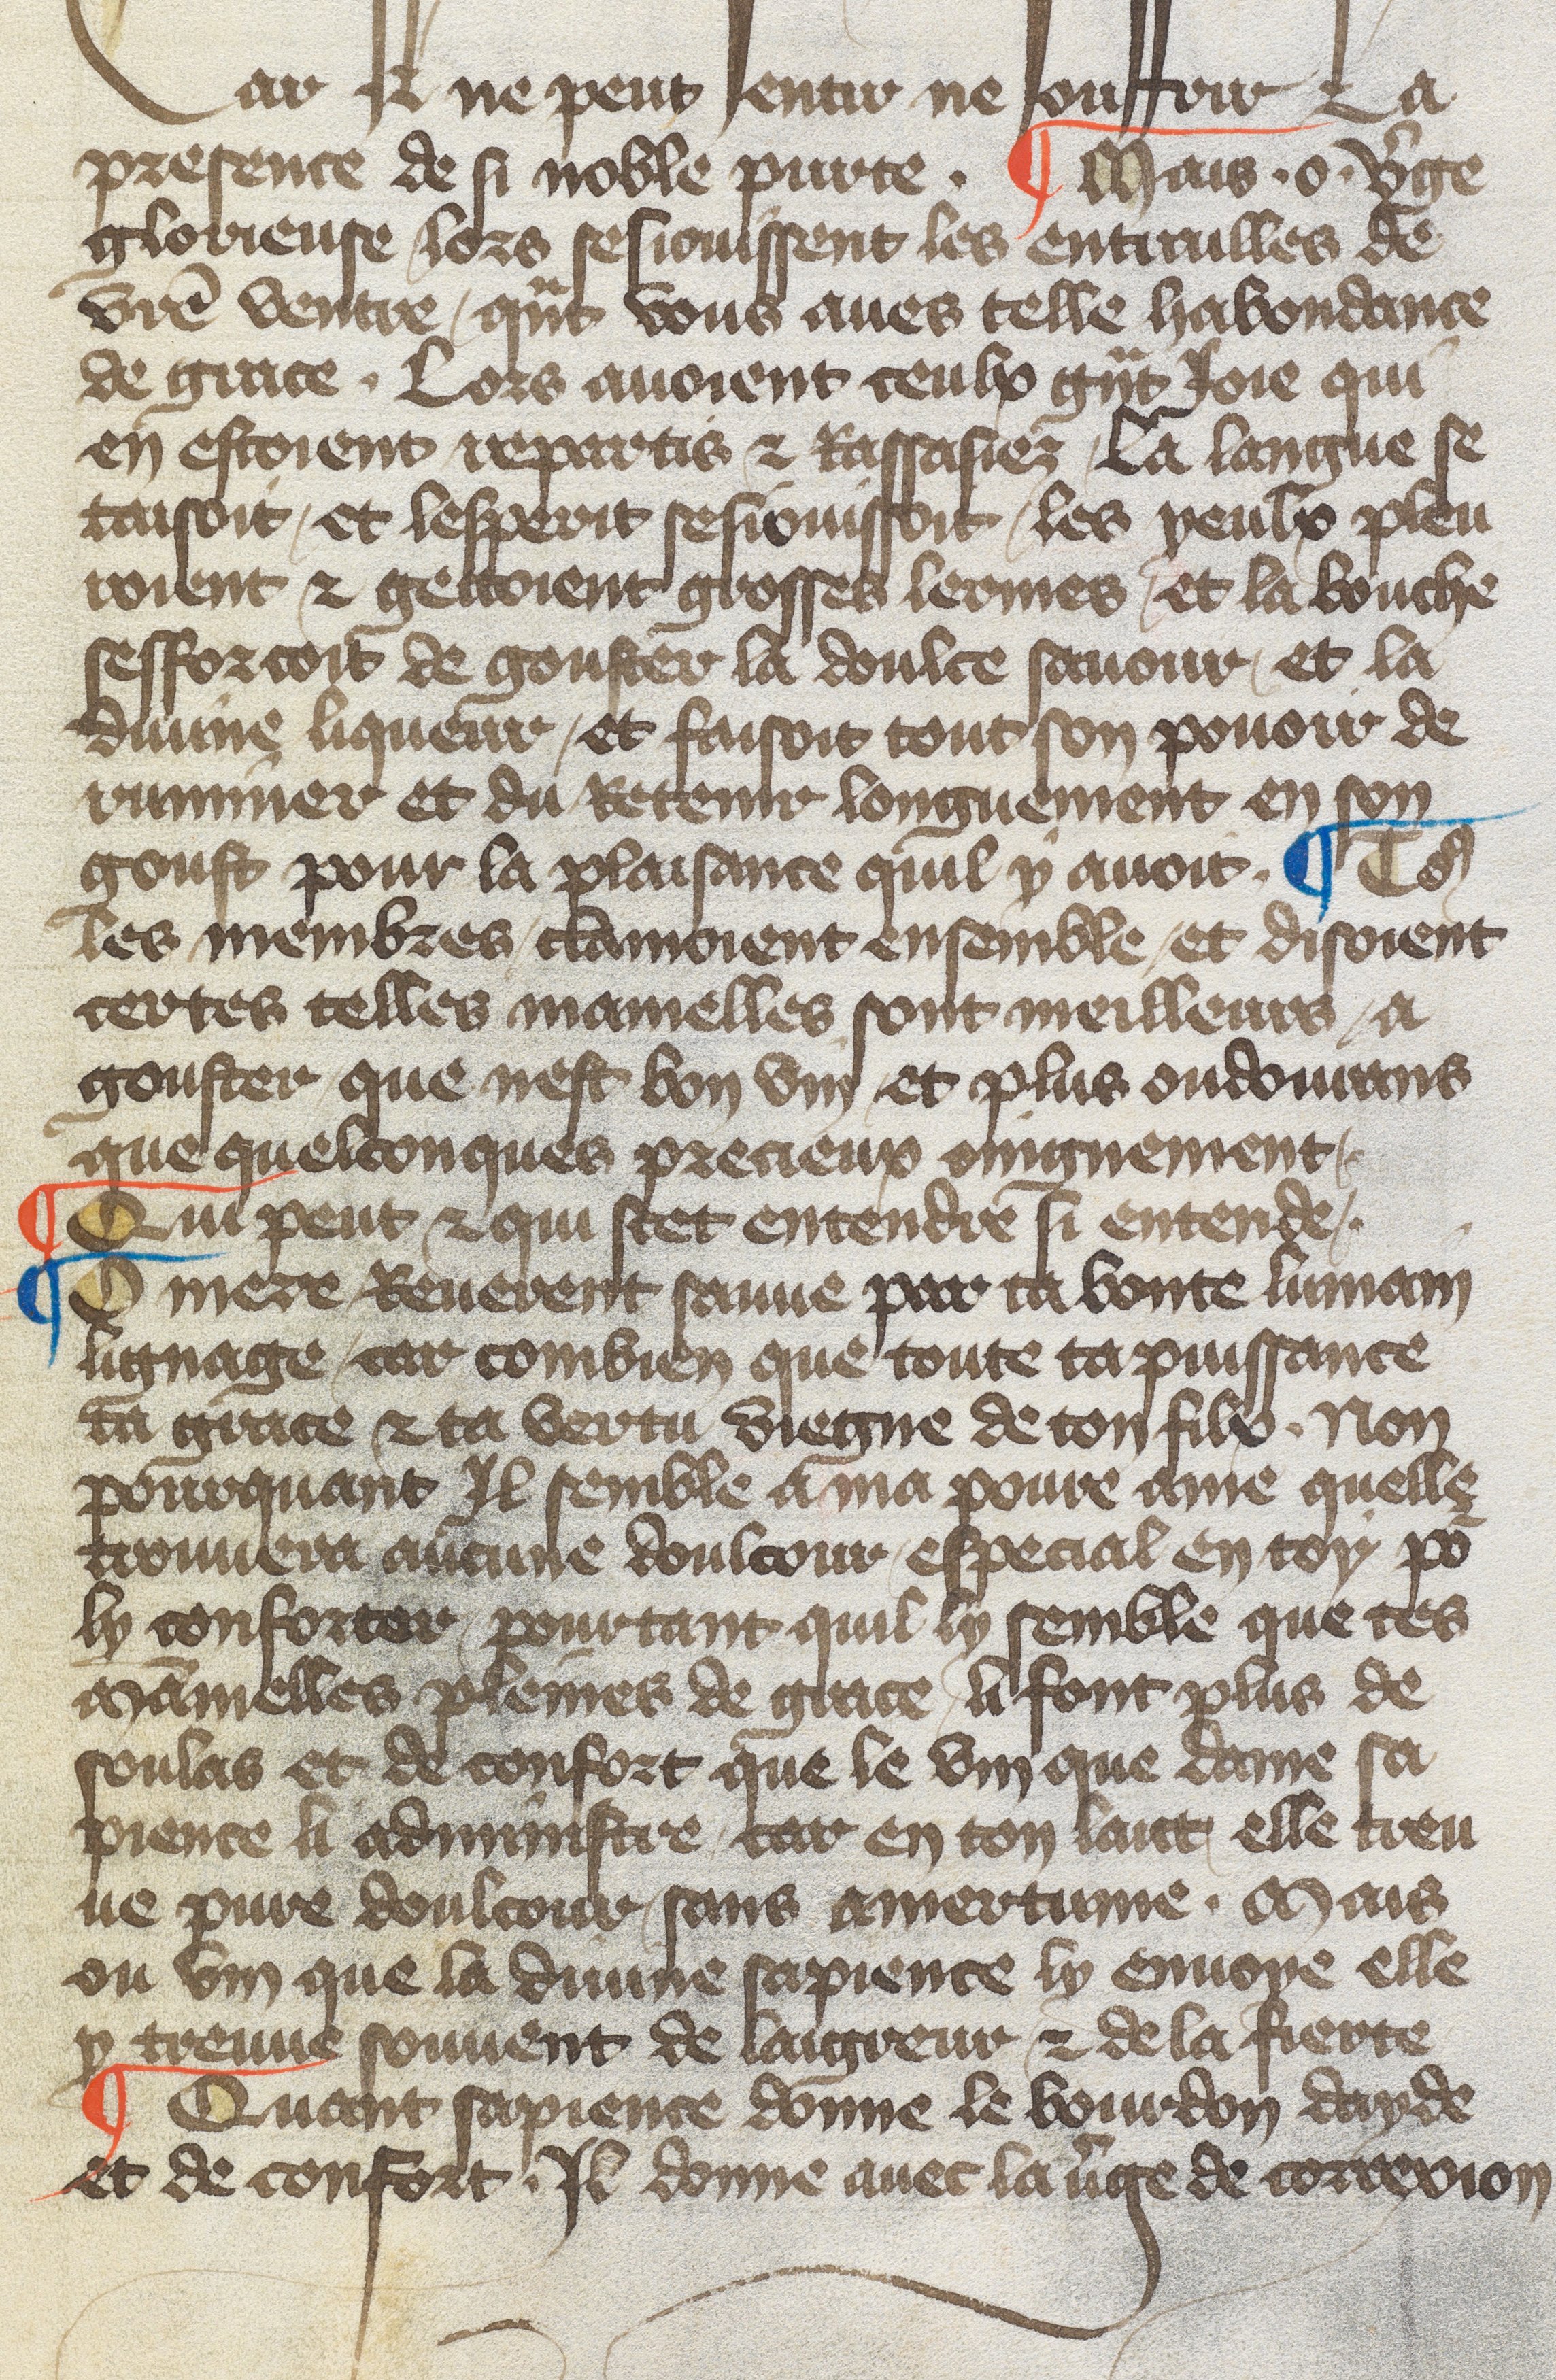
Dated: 1417–1417